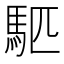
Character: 𫘇